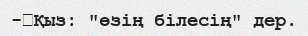
-	Қыз: "өзің білесің" дер.